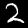
Label: 2